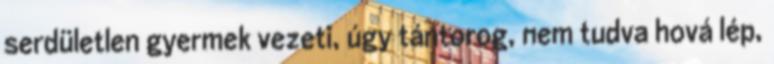
serdületlen gyermek vezeti, úgy tántorog, nem tudva hová lép,